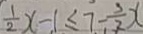
\frac { 1 } { 2 } x - 1 \leq 7 - \frac { 3 } { 2 } x